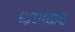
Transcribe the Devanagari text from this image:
ध्रणकेंद्र